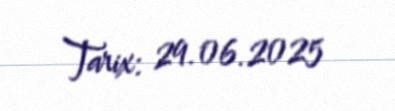
Tarix: 29.06.2025